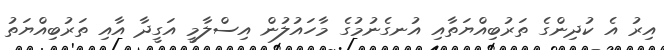
އިރު އެ ކުދިންގެ ތަރުބިއްޔަތާއި އުނގެނުމުގެ މާހައުލުން އިސްލާމީ އަގީދާ އާއި ތަރުބިއްޔަތު